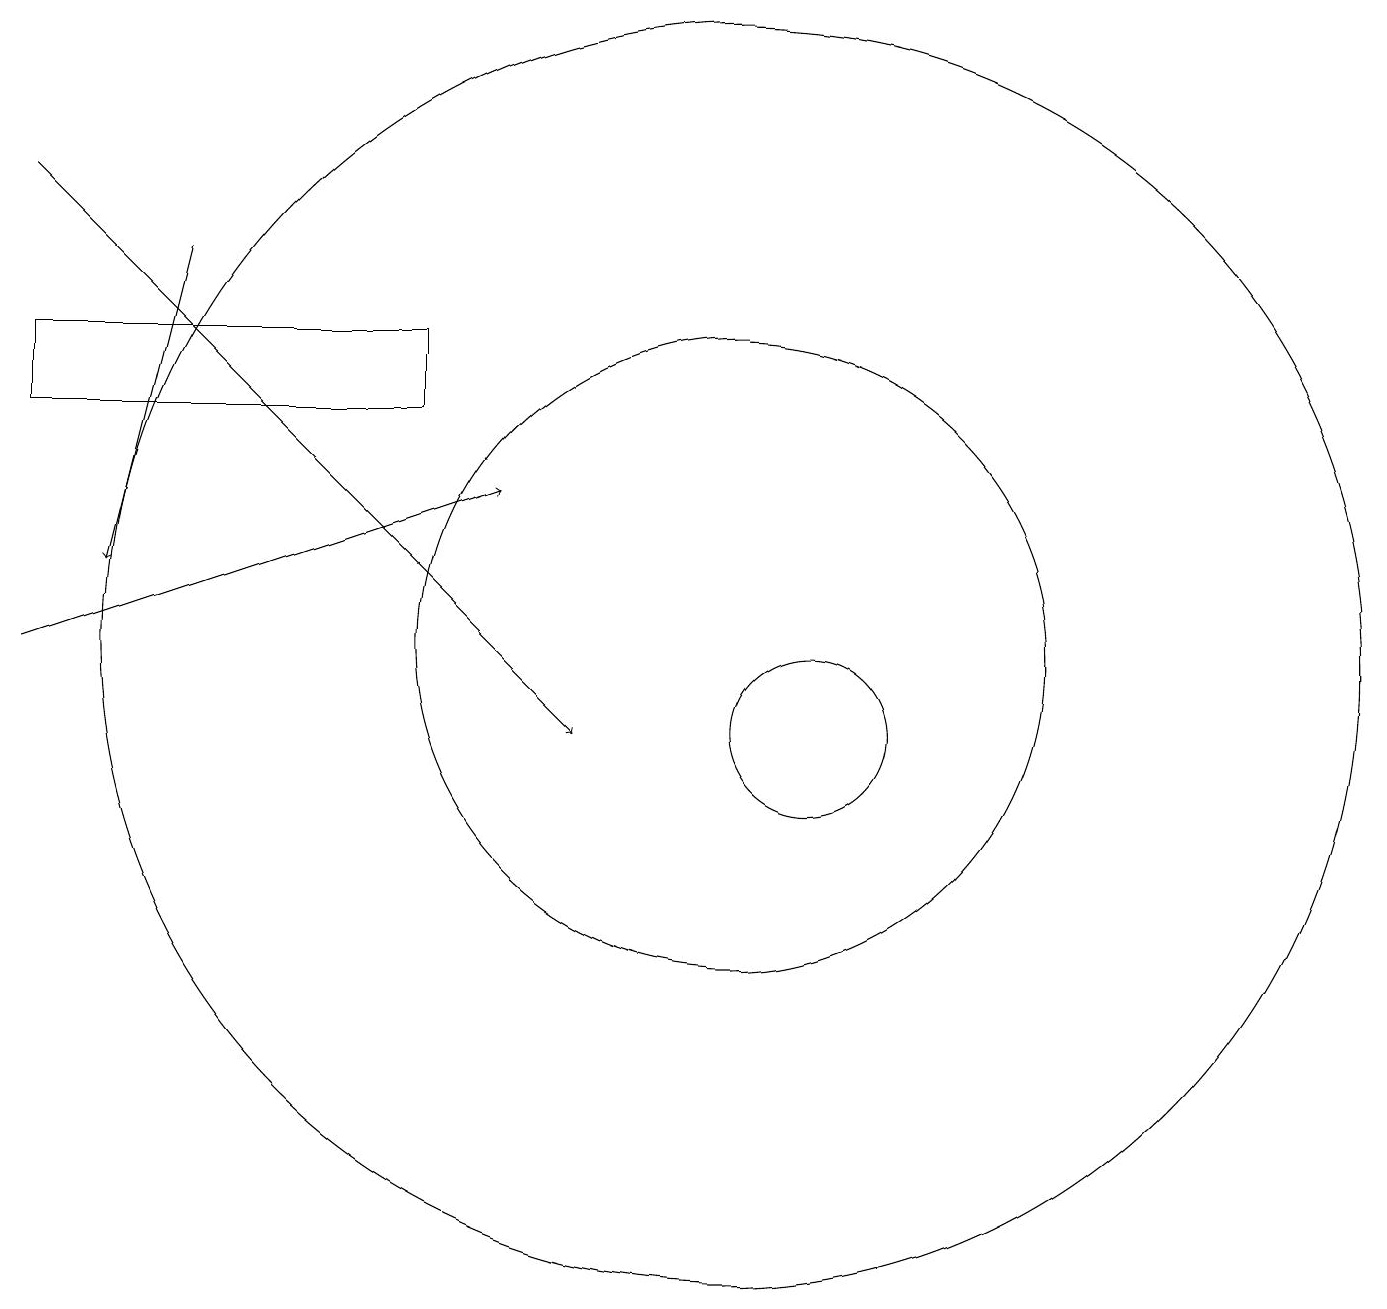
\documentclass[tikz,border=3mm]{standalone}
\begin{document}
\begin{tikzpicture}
\draw (10,12) circle (8);
\draw (1,15) rectangle (6,16);
\draw[->] (1,12) -- (7,14);
\draw (10,12) circle (4);
\draw (11,11) circle (1);
\draw[->] (1,18) -- (8,11);
\draw[->] (3,17) -- (2,13);
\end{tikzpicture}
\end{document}